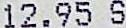
12.95 S